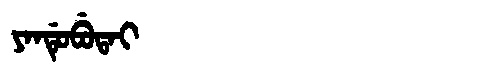
Manchu: ᠶᠠᠨᡩᡠᠪᡠᡨᠠᡳ
Romanization: YANDUBUTAI